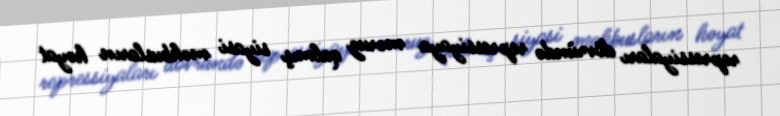
repressiyaları dövründə repressiyaya məruz qalmış siyasi məhbusların həyat